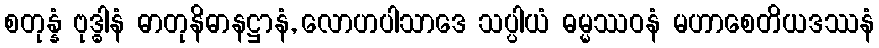
စတုန္နံ ဗုဒ္ဓါနံ ဓာတုနိဓာနဋ္ဌာနံ, လောဟပါသာဒေ သပ္ပါယံ ဓမ္မဿဝနံ မဟာစေတိယဒဿနံ